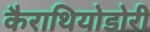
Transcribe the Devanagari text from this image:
कैराथियोडोरी